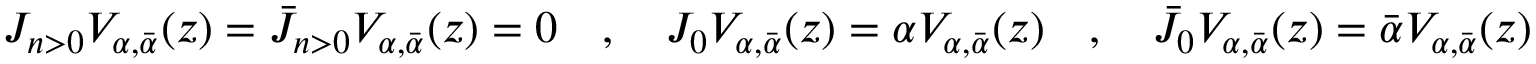
J _ { n > 0 } V _ { \alpha , { \bar { \alpha } } } ( z ) = { \bar { J } } _ { n > 0 } V _ { \alpha , { \bar { \alpha } } } ( z ) = 0 \quad , \quad J _ { 0 } V _ { \alpha , { \bar { \alpha } } } ( z ) = \alpha V _ { \alpha , { \bar { \alpha } } } ( z ) \quad , \quad { \bar { J } } _ { 0 } V _ { \alpha , { \bar { \alpha } } } ( z ) = { \bar { \alpha } } V _ { \alpha , { \bar { \alpha } } } ( z )